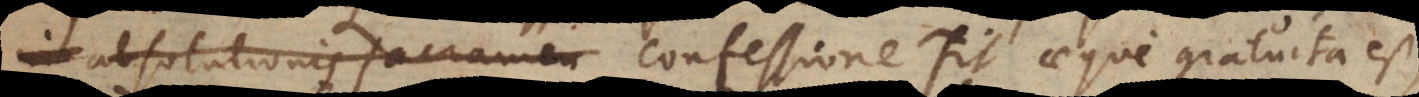
bsolutionis Sacramen confessione fit aeque gratuita est,